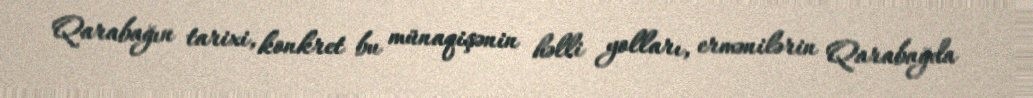
Qarabağın tarixi, konkret bu münaqişənin həlli yolları, ermənilərin Qarabağda